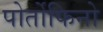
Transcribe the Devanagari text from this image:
पोर्तोफिनो